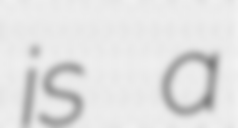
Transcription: is a